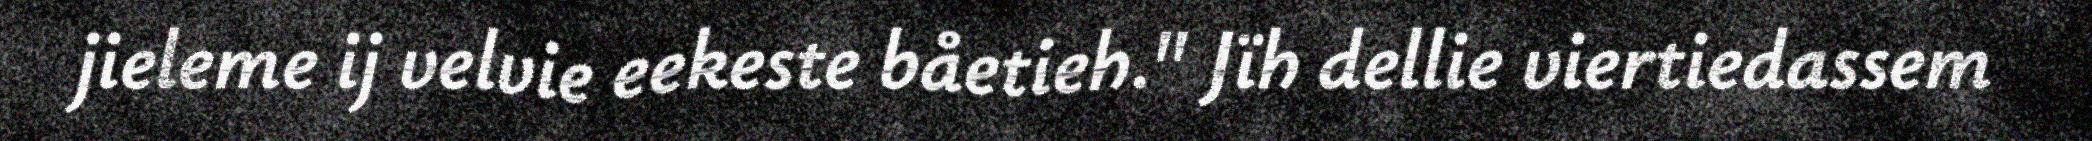
jieleme ij velvie eekeste båetieh." Jïh dellie viertiedassem